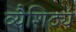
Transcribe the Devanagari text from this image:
व्यैशिठ्य